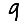
Digit: 9